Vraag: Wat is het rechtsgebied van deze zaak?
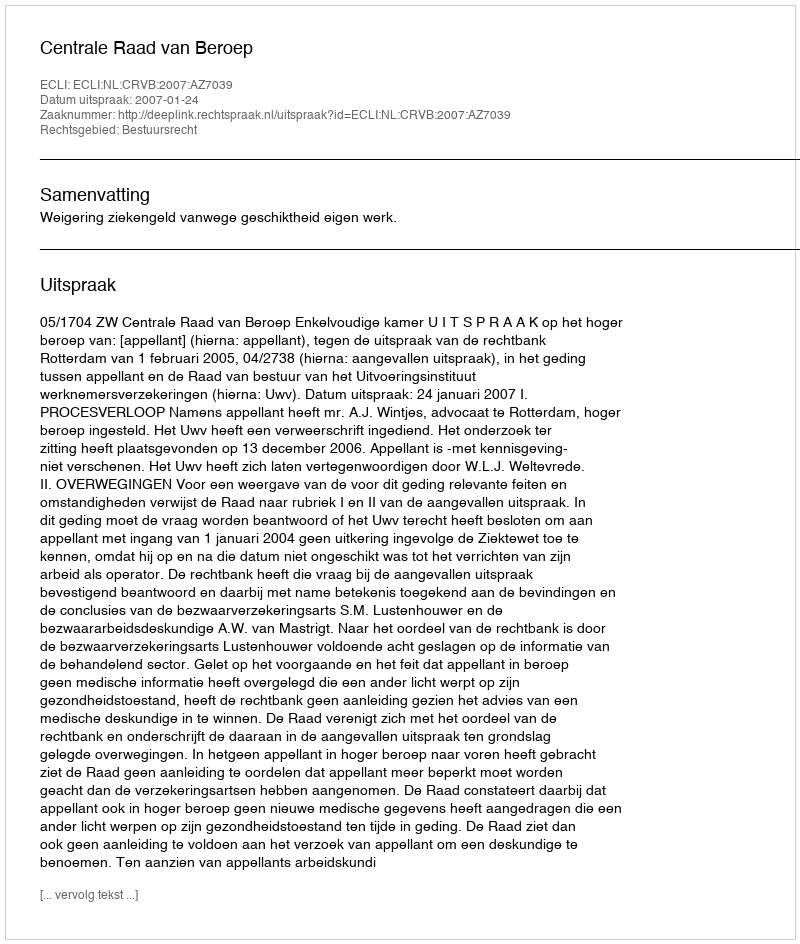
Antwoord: Bestuursrecht